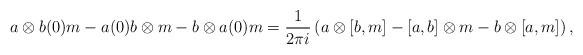
LaTeX: \begin{align*}a \otimes b(0)m - a(0)b \otimes m - b \otimes a(0)m = \frac{1}{2\pi i} \left( a \otimes [b, m] - [a, b] \otimes m - b \otimes [a, m] \right),\end{align*}